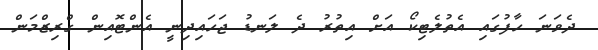
ދެވަނަ ހާފުގައި އެތުލެޓިކޯ އަށް އިތުރު ދެ ލަނޑު ޖަހައިދިނީ އެންޓޮއިން ގްރިޒްމަން